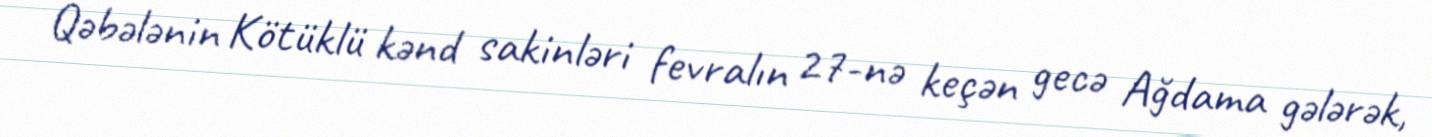
Qəbələnin Kötüklü kənd sakinləri fevralın 27-nə keçən gecə Ağdama gələrək,